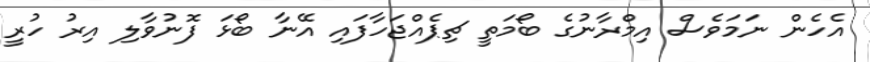
އެހެން ނަމަވެސް އިމްރާނުގެ ބޯމަތީ ޗިޕެއްޖަހާފައި އޭނާ ބޯޅަ ފޮނުވާލި އިރު ހުރީ